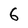
Character: 6